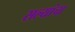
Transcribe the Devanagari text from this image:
सल्यांचा